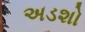
અડશો